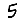
Digit: 5